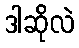
ဒါဆိုလဲ